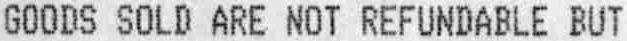
GOODS SOLD ARE NOT REFUNDABLE BUT